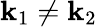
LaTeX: \mathbf{k}_{1}\neq\mathbf{k}_{2}